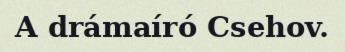
A drámaíró Csehov.